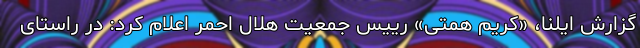
گزارش ایلنا، «کریم همتی» رییس جمعیت هلال احمر اعلام کرد: در راستای